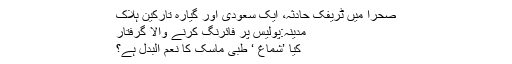
صحرا میں ٹریفک حادثہ، ایک سعودی اور گیارہ تارکین ہلاک
مدینہ:پولیس پر فائرنگ کرنے والا گرفتار
کیا ’شماغ ‘ طبی ماسک کا نعم البدل ہے؟